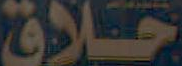
خلاق